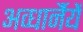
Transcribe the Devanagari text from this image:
अव्धार्नैयें